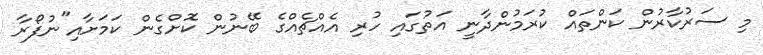
މި ސަރުކާރުން ކަންތައް ކުރަމުންދާނީ އަތުގައި ހުރި އެއްޗެއްގެ ބޭނުން ކޮށްގެން ކަމަށާއި"ނުފޯރާ